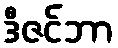
ဒီဇင်ဘာ